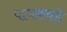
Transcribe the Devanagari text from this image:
पाचकवडे